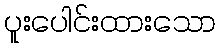
ပူးပေါင်းထားသော